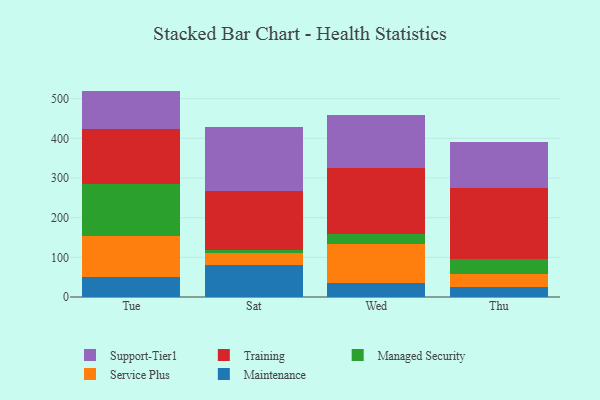
{"axis": {"x": "Day", "y": "Website Visitors"}, "legend": ["Maintenance", "Managed Security", "Service Plus", "Support-Tier1", "Training"], "data": [{"x": "Tue", "y": 49.9, "type": "Maintenance"}, {"x": "Tue", "y": 104.0, "type": "Service Plus"}, {"x": "Tue", "y": 132.1, "type": "Managed Security"}, {"x": "Tue", "y": 137.4, "type": "Training"}, {"x": "Tue", "y": 96.2, "type": "Support-Tier1"}, {"x": "Sat", "y": 81.3, "type": "Maintenance"}, {"x": "Sat", "y": 28.9, "type": "Service Plus"}, {"x": "Sat", "y": 9.3, "type": "Managed Security"}, {"x": "Sat", "y": 146.7, "type": "Training"}, {"x": "Sat", "y": 161.7, "type": "Support-Tier1"}, {"x": "Wed", "y": 34.3, "type": "Maintenance"}, {"x": "Wed", "y": 99.0, "type": "Service Plus"}, {"x": "Wed", "y": 24.3, "type": "Managed Security"}, {"x": "Wed", "y": 167.5, "type": "Training"}, {"x": "Wed", "y": 133.8, "type": "Support-Tier1"}, {"x": "Thu", "y": 25.3, "type": "Maintenance"}, {"x": "Thu", "y": 33.3, "type": "Service Plus"}, {"x": "Thu", "y": 38.0, "type": "Managed Security"}, {"x": "Thu", "y": 177.9, "type": "Training"}, {"x": "Thu", "y": 117.2, "type": "Support-Tier1"}]}